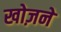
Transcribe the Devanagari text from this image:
खोज़ने